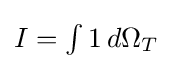
{\textstyle I=\int 1\,d\Omega _{T}}